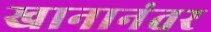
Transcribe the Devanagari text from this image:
खानानंतर